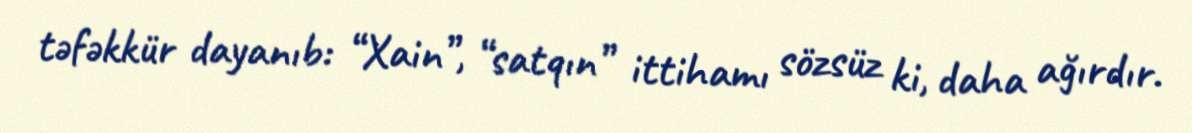
təfəkkür dayanıb: “Xain”, “satqın” ittihamı sözsüz ki, daha ağırdır.